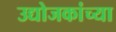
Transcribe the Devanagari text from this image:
उद्योजकांच्या